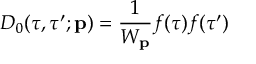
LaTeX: D _ { 0 } ( \tau , \tau ^ { \prime } ; { \bf p } ) = \frac { 1 } { W _ { \bf p } } f ( \tau ) f ( \tau ^ { \prime } )